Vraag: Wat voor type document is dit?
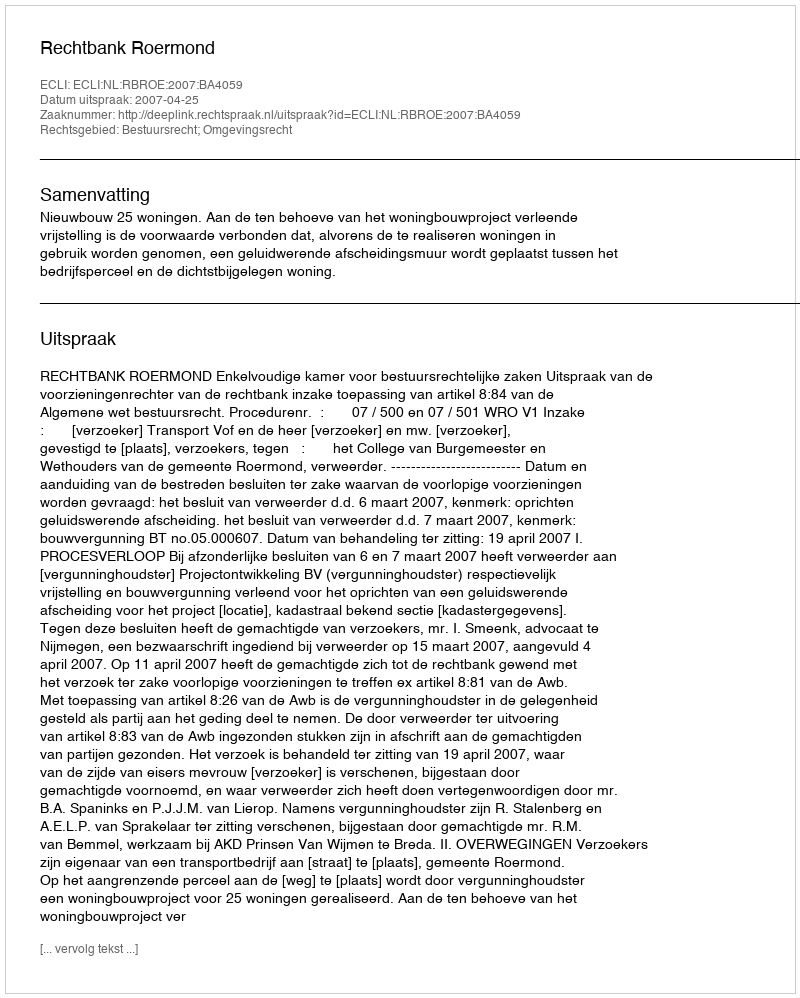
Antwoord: Uitspraak